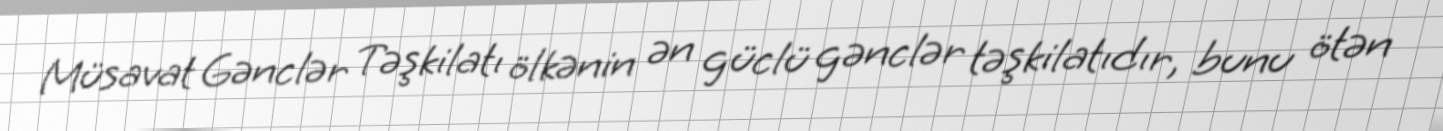
Müsavat Gənclər Təşkilatı ölkənin ən güclü gənclər təşkilatıdır, bunu ötən